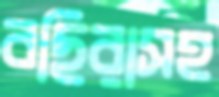
বছিরাসহ